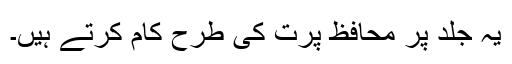
یہ جلد پر محافظ پرت کی طرح کام کرتے ہیں۔